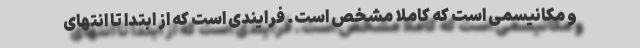
و مکانیسمی است که کاملا مشخص است. فرایندی است که از ابتدا تا انتهای